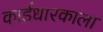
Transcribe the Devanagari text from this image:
कार्डधारकाला